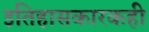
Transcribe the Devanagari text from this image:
इतिहासकारकही